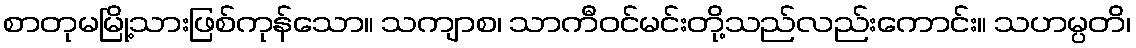
စာတုမမြို့သားဖြစ်ကုန်သော။ သကျာစ၊ သာကီဝင်မင်းတို့သည်လည်းကောင်း။ သဟမ္ပတိ၊